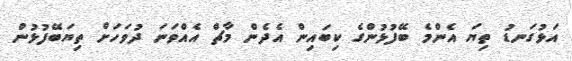
އަޅުގަނޑު ތިޔަ އެންމެ ބޭފުޅުންގެ ކިބައިން އެދެން މާޗް އެއްވަނަ ދުވަހަށް ތިޔަބޭފުޅުން